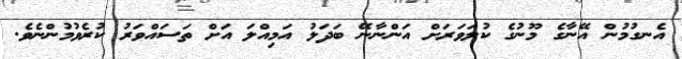
އެނގުމުން އޭނާގެ މޫނުގެ ކުލަވަރަށް އަންނާނޭ ބަދަލު އަމިއްލަ އަށް ތަސައްވަރު ކުރެވުމުންނެވެ.